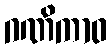
ဂဏိကာဝ